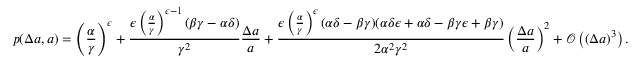
p ( \Delta a , a ) = \left( \frac { \alpha } { \gamma } \right) ^ { \epsilon } + \frac { \epsilon \left( \frac { \alpha } { \gamma } \right) ^ { \epsilon - 1 } ( \beta \gamma - \alpha \delta ) } { \gamma ^ { 2 } } \frac { \Delta a } { a } + \frac { \epsilon \left( \frac { \alpha } { \gamma } \right) ^ { \epsilon } ( \alpha \delta - \beta \gamma ) ( \alpha \delta \epsilon + \alpha \delta - \beta \gamma \epsilon + \beta \gamma ) } { 2 \alpha ^ { 2 } \gamma ^ { 2 } } \left( \frac { \Delta a } { a } \right) ^ { 2 } + \mathscr { O } \left( ( \Delta a ) ^ { 3 } \right) .